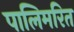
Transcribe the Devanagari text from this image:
पालिमरित